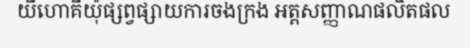
យីហោគីយ៉ុផ្សព្វផ្សាយការចងក្រង អត្តសញ្ញាណផលិតផល